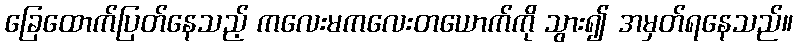
ခြေထောက်ပြတ်နေသည့် ကလေးမကလေးတယောက်ကို သွား၍ အမှတ်ရနေသည်။